Report of the Municipal Commissioner on the plague in Bombay for the year ending 31st May... - Volume 2
Disease focus: Plague
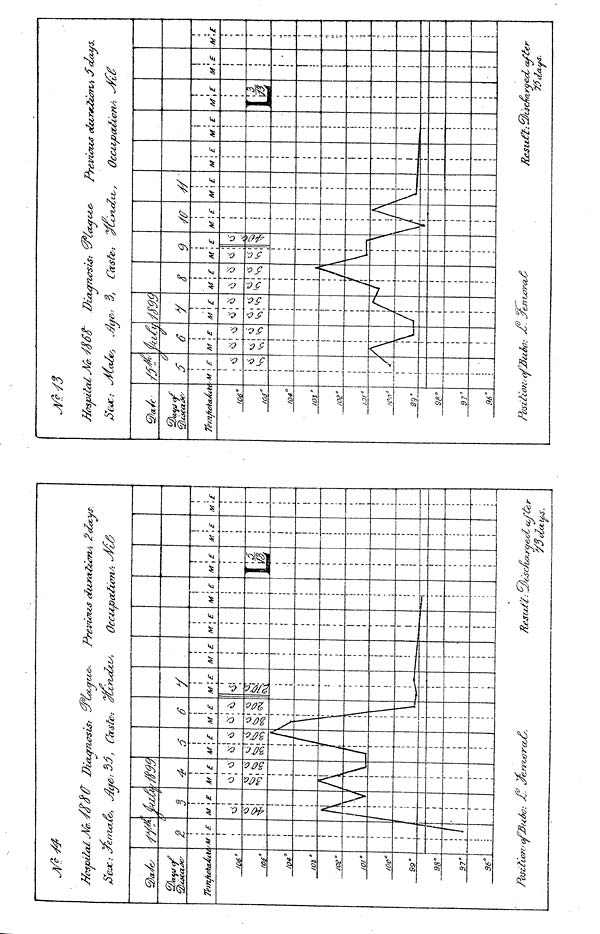
7/csjaital Mr.
JW
*****
c
/Of"
/04°/
O$'
/CB"
a
I6C°9
9'
98°9
7°9
6°*
*>
>M
2
i
i
t £
i
i
i
i
i
I
I
i
i
I
i
1
1
I
I
i
1
I
i
i
i
i
i
: 1
/
/
/(fdtf Dicurnasis:
7
M
*
/
r
i
5
i if
\
i
i
<m
4
1
1
Af\£
I
t
III
i
I
i
I
i
i
i
A
i
i
i
i
I
i
I
f
I
1
1
M
J
!
\E
u
/i
/ I
M
\
\
1
1
\
I
/
i
I
i
i
t
i
t
i
I
i
1
i
i
i
i
i
'
1
" ••• i
i
I
I
t
P.
M \E
OL
ioix,
M
i
j E
s a
pec
M
i
i E
1
Resa/'l .a
M
L
£
J?c£a,ys.
\
!
I
I
',£ M E
r
T/iTspital\A/cr.
§ZLt
IO6°1
65°/
04°/
03°/
O2°I
OI"
!00 3
39'
98°9
7°9
6°0 j
Position; (j
j if
/
fa
Jfy,- 3,
6
M
<s
\
i E
u
t
1
t
•1
i
i
i
i
i
i
i
i
i
i
\f
J\
i
i
i
i
i
i
i
8
M
)
J
xrr<*
E
/
/
Z/lx
c
9
M
\
V
E
1
—i
&
i
M\£
i
i
i
i
t
i
1
i
i
V {\
1
1
1
1
1
1
1
7
Previous dluraciian^'i
Occupations-. <yfi
M
\
\
E M
A
E
M
......
"•••'•
E
M
1
1
I
'.5c/t
A
(try
M £
M £